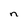
Character: n